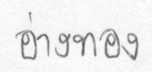
อ่างทอง